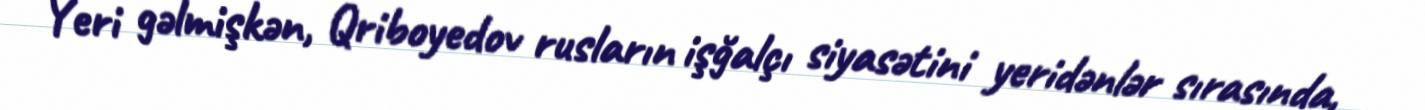
Yeri gəlmişkən, Qriboyedov rusların işğalçı siyasətini yeridənlər sırasında,